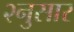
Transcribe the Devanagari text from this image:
२नुसार